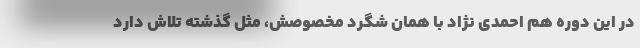
در این دوره هم احمدی نژاد با همان شگرد مخصوصش، مثل گذشته تلاش دارد